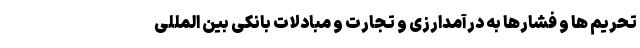
تحریم ها و فشارها به درآمدارزی و تجارت و مبادلات بانکی بین المللی